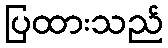
ပြထားသည်